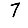
Digit: 7